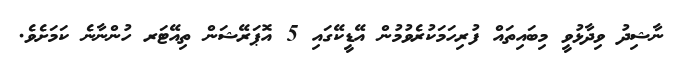
ނާޝިދު ވިދާޅުވީ މިބައިތައް ފުރިހަމަކުރެވުމުން އޭޑީކޭގައި 5 އޮޕަރޭޝަން ތިއޭޓަރ ހުންނާނެ ކަމަށެވެ.